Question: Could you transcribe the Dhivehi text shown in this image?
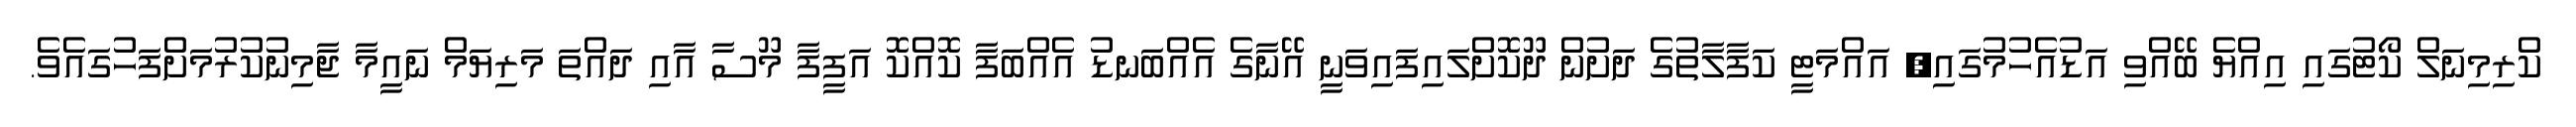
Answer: ކްރިމިނަލް ކޯޓުގައި އިއްޔެ ބޭއްވި އަޑުއެހުމުގައި, އައްމަޓީ ކަފާލާތުގެ ދަށުން ދޫކޮށްލައިފައިވަނީ އޭނާގެ އެއްބަނޑު އެއްބަފާ ކޮއްކޮ އަފީފާ މޫސާ އާއި ދައްތަ މަރިޔަމް ނައީމާ ޖާމިނުކުރުމަށްފަހުގައެވެ.